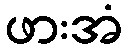
ဖားအံ